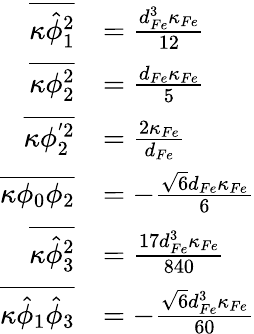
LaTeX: \begin{array}{rl}{\overline{{\kappa\hat{\phi}_{1}^{2}}}}&{=\frac{d_{Fe}^{3}\kappa_{Fe}}{12}}\\ {\overline{{\kappa\phi_{2}^{2}}}}&{=\frac{d_{Fe}\kappa_{Fe}}{5}}\\ {\overline{{\kappa\phi_{2}^{'2}}}}&{=\frac{2\kappa_{Fe}}{d_{Fe}}}\\ {\overline{{\kappa\phi_{0}\phi_{2}}}}&{=-\frac{\sqrt{6}d_{Fe}\kappa_{Fe}}{6}}\\ {\overline{{\kappa\hat{\phi}_{3}^{2}}}}&{=\frac{17d_{Fe}^{3}\kappa_{Fe}}{840}}\\ {\overline{{\kappa\hat{\phi}_{1}\hat{\phi}_{3}}}}&{=-\frac{\sqrt{6}d_{Fe}^{3}\kappa_{Fe}}{60}}\end{array}